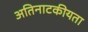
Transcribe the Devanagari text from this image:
अतिनाटकीयता